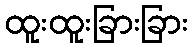
ထူးထူးခြားခြား